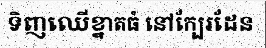
ទិញឈើខ្នាតធំ នៅក្បែរដែន